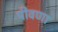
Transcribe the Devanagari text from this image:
पीवणा